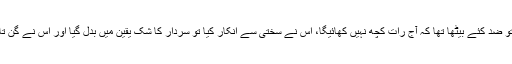
لڑکا تو ضد کئے بیٹھا تھا کہ آج رات کچھ نہیں کھائیگا، اس نے سختی سے انکار کیا تو سردار کا شک یقین میں بدل گیا اور اس نے گن تان لی۔